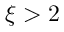
\xi > 2